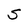
Character: S